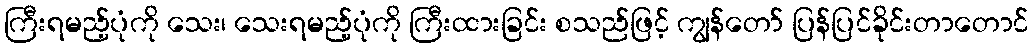
ကြီးရမည့်ပုံကို သေး၊ သေးရမည့်ပုံကို ကြီးထားခြင်း စသည်ဖြင့် ကျွန်တော် ပြန်ပြင်ခိုင်းတာတောင်